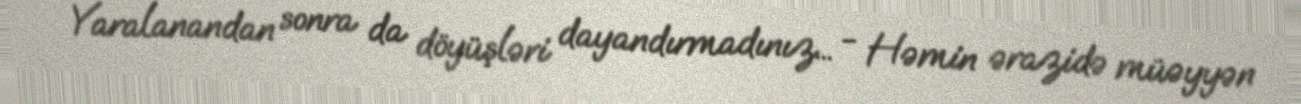
- Yaralanandan sonra da döyüşləri dayandırmadınız... - Həmin ərazidə müəyyən